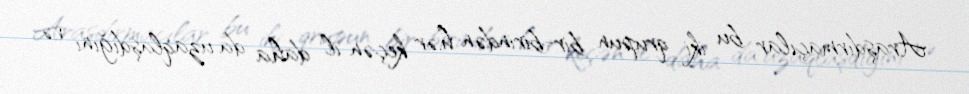
Araşdırmaçılar bu iki qrupun bir-birindən hər keçən il daha da uzaqlaşdığını və